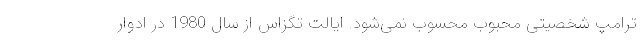
ترامپ شخصیتی محبوب محسوب نمی‌شود. ایالت تگزاس از سال 1980 در ادوار